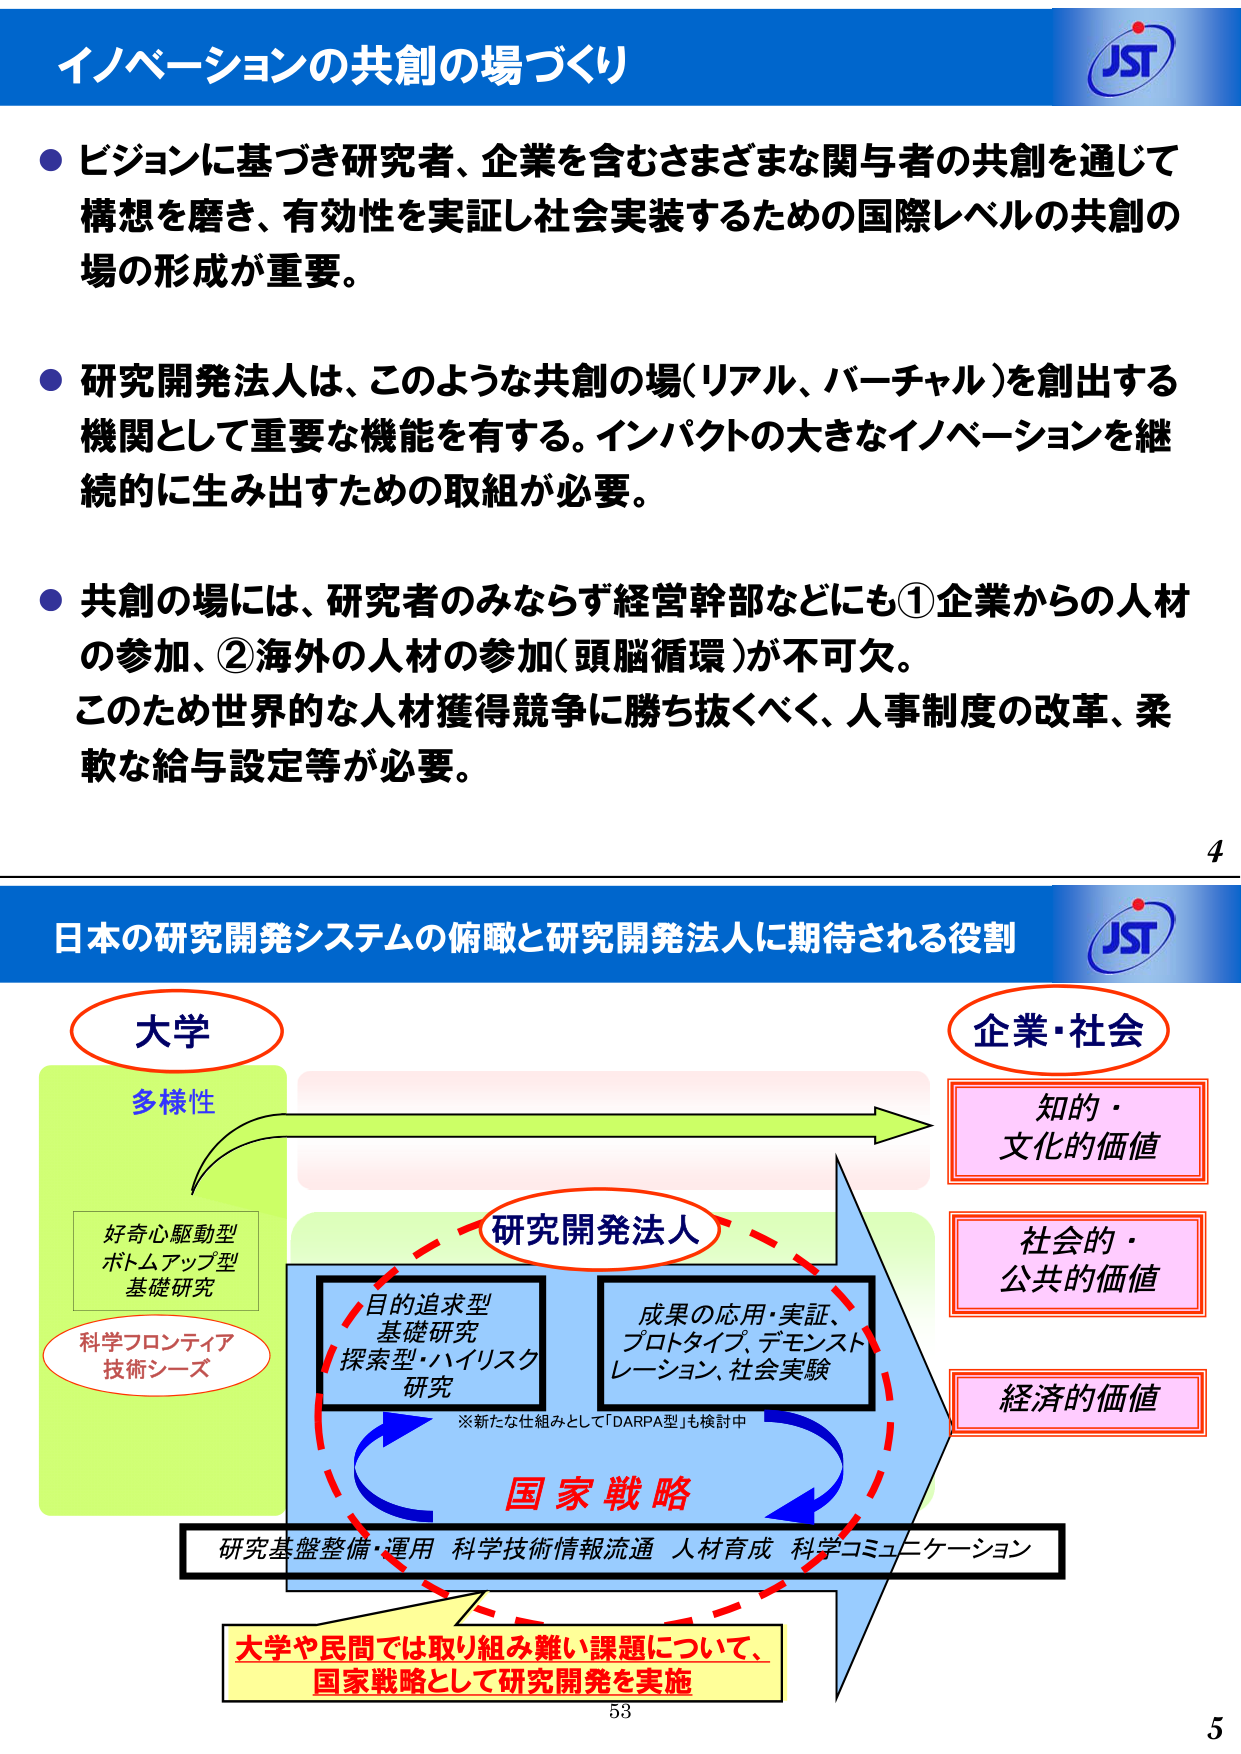
イノベーションの共創の場づくり

● ビジョンに基づき研究者、企業を含むさまざまな関与者の共創を通じて
構想を磨き、有効性を実証し社会実装するための国際レベルの共創の
場の形成が重要。

● 研究開発法人は、このような共創の場（リアル、バーチャル）を創出する
機関として重要な機能を有する。インパクトの大きなイノベーションを継
続的に生み出すための取組が必要。

● 共創の場には、研究者のみならず経営幹部などにも①企業からの人材
の参加、②海外の人材の参加（頭脳循環）が不可欠。
このため世界的な人材獲得競争に勝ち抜くべく、人事制度の改革、柔
軟な給与設定等が必要。

4

日本の研究開発システムの俯瞰と研究開発法人に期待される役割

大学
多様性
好奇心駆動型
ボトムアップ型
基礎研究
科学フロンティア
技術シーズ

研究開発法人
目的追求型
基礎研究
探索型・ハイリスク
研究
成果の応用・実証、
プロトタイプ、デモンスト
レーション、社会実験
※新たな仕組みとして「DARPA型」も検討中

企業・社会
知的・
文化的価値
社会的・
公共的価値
経済的価値

国家戦略
研究基盤整備・運用 科学技術情報流通 人材育成 科学コミュニケーション

大学や民間では取り組み難い課題について、
国家戦略として研究開発を実施

53
5

JST